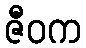
ဇီဝက